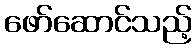
ဖော်ဆောင်သည့်